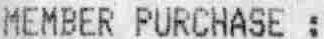
MEMBER PURCHASE :